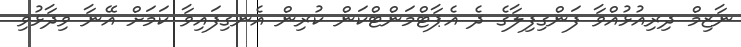
ނާޒިމް ދިރިއުޅުއްވާ ފަންގިފިލާގެ ދެ އެޕާޓްމަންޓްކަން ކުރިން އެނގިފައިވާ ކަމަށް އޭނާ ވިދާޅުވި